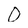
Character: 0